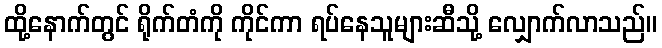
ထို့နောက်တွင် ရိုက်တံကို ကိုင်ကာ ရပ်နေသူများဆီသို့ လျှောက်လာသည်။